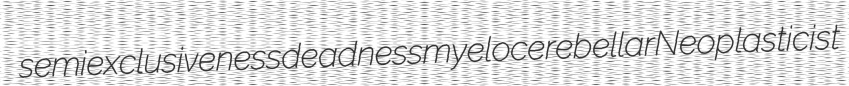
semiexclusiveness deadness myelocerebellar Neoplasticist